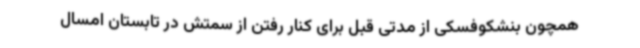
همچون بنشکوفسکی از مدتی قبل برای کنار رفتن از سمتش در تابستان امسال